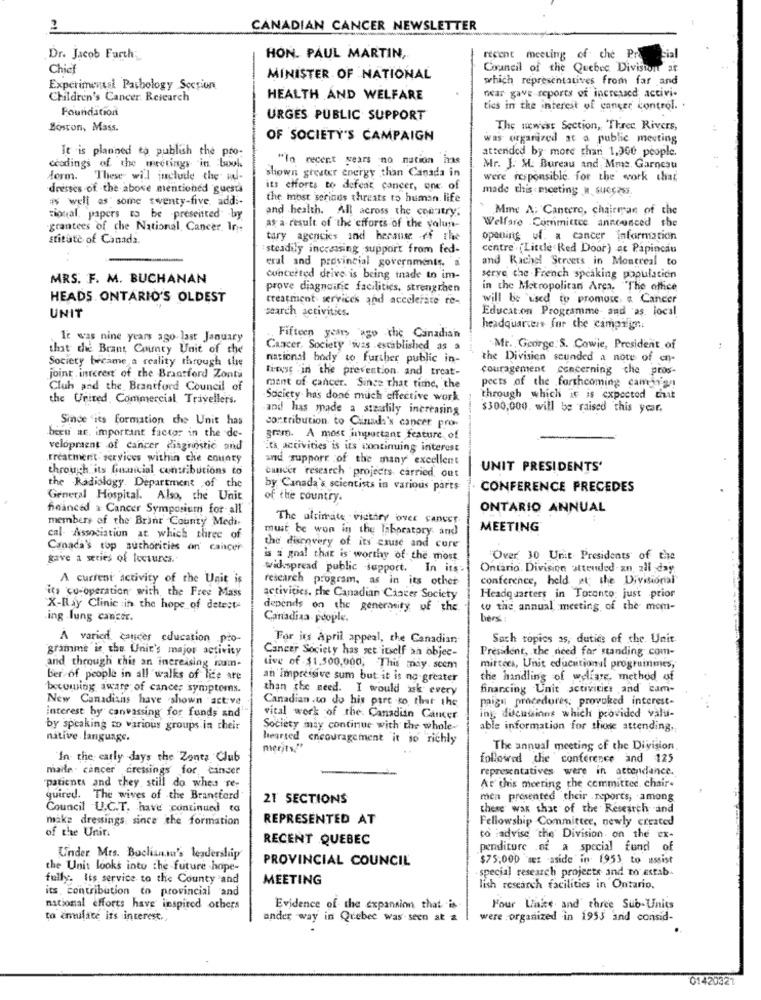
2
CANADIAN CANCER NEWSLETTER
Dr. Jacob Farth;
HON. PAUL MARTIN,
recent meeting of che Pr
sial
Chief
Council of the Quebec Division at
MINISTER OF NATIONAL
which representatives from far and
Experimentsi Pathology Section
Children's Cancer Research
HEALTH AND WELFARE
near gave reports of increased activi-
Foundation
tics in the interest of cancer control ..
URGES PUBLIC SUPPORT
Boston, Mass.
The newest Section, Three Rivers,
OF SOCIETY'S CAMPAIGN
was organized at a public meeting
It is planned to publish the pro-
attended by more than 1,360 people.
"In recent years no nation has
ccodings of the meetings in boul
shown greuter energy than Canada in
Mr. J. M. Bureau and, Mma. Garneau
form. These will include the wu-
were responsible for the work chat
dresses of the above mentioned guests
its efforts to defeat cancer, one of
made this meeting u. success.
# well as some twenty-five. addi-
the most serinds threats to human. life
and health. All across the country.
Mme A: Cantero, chairman of the
Tional, papers to be presented by
Welfare Committee announced the
grantees of che National Cancer. In-
as a result of the efforts of the valun-
stitute of Canada.
tary agencies and because of the
opening u. a cancer information
steadily increasing support from fed-
centre . ("Little Red Door) at Papincau
eral and provincial governments, a
and Rachel Streets in Montreal to
MRS. F. M. BUCHANAN
concerted drive is being made to im-
serve the French speaking population
prove diagnoinc facilities, strengthen
in the Metropolitan Area. The office
HEADS ONTARIO'S OLDEST
treatment services and accelerate re-
will be used to promote & Cancer
search activities.
Education Programme and as. local
UNIT
headquarters for the campaign :.
It was nine years ago last January
Fifteen years ago the Canadian
that che Brant Comty Unit of the
Cancer, Society was established as a
Mr. George:S. Cowie, President of
Society became a reality through the
national body to further public in-
the Division sounded a note of en-
firese in the prevention and treat-
couragement concerning the pros-
joint . interest of the Brantford Zonta
Club and the Brantford Council of
ment of cancer. Since that time, the
pects of the forthcoming caminan
the United, Commercial Travellers.
Society has done much effective work
through which it is expected that
and has made a staalily increasing
$300,000. will be raised this year.
Side 'its formation the Unit has
contribution to Canada's cancer pro-
beeu ac. important factor in the de-
gram. A most important feature of
-
velopment of cancer diagnostic and
its activities is its continuing interest
treatment services within the county
and support of the many excellent
through its financial contributions to
cancer research projects carried out
UNIT PRESIDENTS'
the Radiology. Department of the
by Canada's scientists in various parts
CONFERENCE PRECEDES
General Hospital. Also, the Unit
of the country.
financed & Cancer Symposium for all
ONTARIO ANNUAL
members of the Brant County Medi.
The ultimate victory over cancer.
must be won in the laboratory and
MEETING
cal- Association at which three of
Canada's top suchorities on' cancer
the discovery of its cause and cure
gave a series of lectures .-
is a goal that is worthy of the most
Over 30 Unit Presidents of the
widespread public support. In its
Ontario. Division attended-an, all day
A current activity of the Unit is
research program, as in its other
conference, held at the Divisional
its co-operation with the Free Mass
activities. the Canadian Cancer Society
Headquarters in Toronto just prior
X-Ray Clinic :in the hope of detect-
depends on the generosity of the
to the annual meeting of the mem-
ing lung cancer.
Canadiaa- people.
hers
A varied cancer education pro-
For its april appeal, the Canadian
Sach topics as, dutice of the. Unit
gramme in the Unie's major activity
President, the need for standing com-
Cancer Society has set itself an objec-
and through this an increasing num-
tive of $1.500,000, This may. sccm
mitters, Unit educational prograinmes,
ber of people in all walks of life are
an impressive sum but it is no greater
the handling of welfare, method of
becoming aware of cancer symptoms.
than the need. I would ask every
financing Unit activities and cam-
New Canadians have shown actve
Canadian .to do his pare to that the
maigu procedures, provoked interest-
Interest by canvassing for funds and
vital work of the Canadian Cancer
ing ducassinns which provided valu-
by speaking to various groups in their
Society may continue with the whole-
able information for those attending ..
native language.
hearted encouragement it so richly
merits?"
The annual meeting of the Division
"In the early days the Zones Club
followed the conference and 125
maile cancer dressings for cinder
representatives were in attendance.
patients and they still do when re-
At this meeting the committee. chair-
quired. The wives of the Brantford
21 SECTIONS
men presented their .reports, among
Council U.C.T. have continued to
these was that of the Research and
make dressings since the formation
REPRESENTED AT
Fellowship Committee, newly created
of the Unin.
RECENT QUEBEC
to :advise "the Division. on the cx-
penditure of a special fund of
Under Mrs. Buchansa's leadership
PROVINCIAL COUNCIL
$75,000 set aside in 1953 to assist
the Unit looks into the future hope-
special research projects and to estab
fully. Its service to the County 'and
MEETING
its, contribution to provincial and
lish research facilities in Ontario.
national efforts have inspired others
Evidence of the expansion that is
Four Laks and three Sub-Units
to emulate its interest .,
ander way in Quebec was seen at &
were organized in 1953 and consid-
01420321